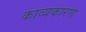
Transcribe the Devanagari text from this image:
काव्यकारण